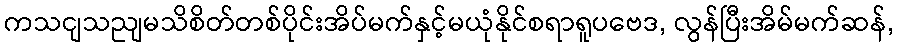
ကသငျသညျမသိစိတ်တစ်ပိုင်းအိပ်မက်နှင့်မယုံနိုင်စရာရူပဗေဒ, လွန်ပြီးအိမ်မက်ဆန်,